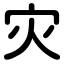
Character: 灾